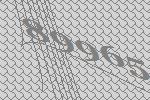
89965